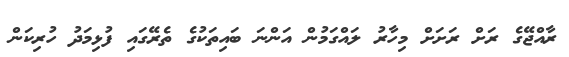
ރާއްޖޭގެ ރަށް ރަށަށް މިހާރު ލައްގަމުން އަންނަ ބައިތަކުގެ ތެރޭގައި ފުޅިމަދު ހުރިކަން